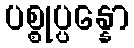
ပစ္စုပ္ပန္နော